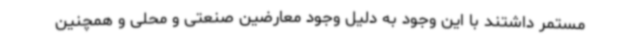
مستمر داشتند با این وجود به دلیل وجود معارضین صنعتی و محلی و همچنین